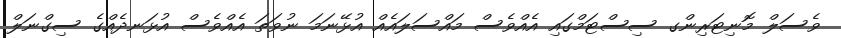
ވެސަލް މޮނިޓަރިންގ ސިސްޓަމްގައި އެއްވެސް މައްސަލައެއް އުޅޭނަމަ ނުވަތަ އެއްވެސް އުޅަނދެއްގެ ސިގްނަލް